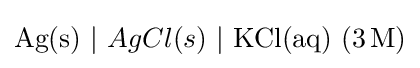
{\ce {{Ag(s)}\ |\ {AgCl(s)}\ |\ KCl(aq)\ (3M)}}